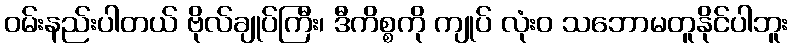
ဝမ်းနည်းပါတယ် ဗိုလ်ချုပ်ကြီး၊ ဒီကိစ္စကို ကျုပ် လုံးဝ သဘောမတူနိုင်ပါဘူး